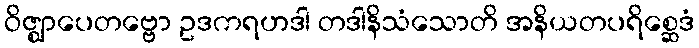
ဝိဇ္ဈာပေတဗ္ဗော ဥဒကရဟဒါ တဒါနိသံသောတိ အနိယတပရိစ္ဆေဒံ